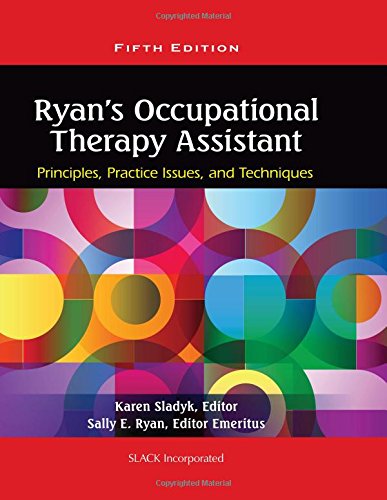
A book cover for Ryan's Occupational Therapy Assistant: Principles, Practice Issues, and Technqiues; Karen Sladyk PhD  OTR/L  FAOTA; Medical Books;